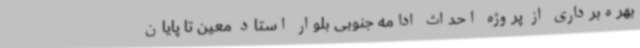
بهره‌برداری از پروژه احداث ادامه جنوبی بلوار استاد معین تا پایان